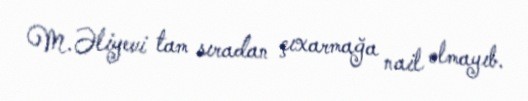
M.Əliyevi tam sıradan çıxarmağa nail olmayıb.